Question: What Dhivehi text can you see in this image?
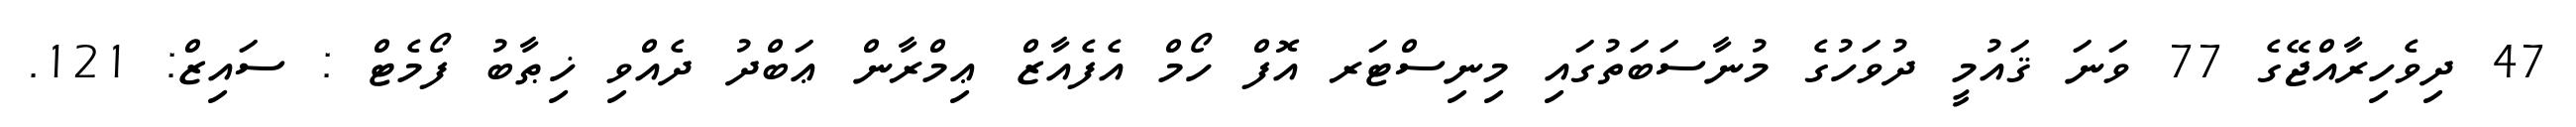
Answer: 47 ދިވެހިރާއްޖޭގެ 77 ވަނަ ޤައުމީ ދުވަހުގެ މުނާސަބަތުގައި މިނިސްޓަރ އޮފް ހޯމް އެފެއާޒް ޢިމްރާން ޢަބްދު ދެއްވި ޚިޠާބު ފޯމެޓް : ސައިޒް: 121.